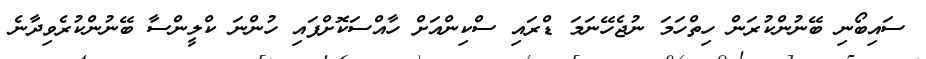
ސައިބޯނި ބޭނުންކުރަން ހިތްހަމަ ނުޖެހޭނަމަ ޑްރައި ސްކިންއަށް ހާއްސަކޮށްފައި ހުންނަ ކްލީންސާ ބޭނުންކުރެވިދާނެ